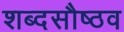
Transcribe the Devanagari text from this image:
शब्दसौष्ठव